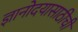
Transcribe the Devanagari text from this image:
ज्ञानोदयासाठीची